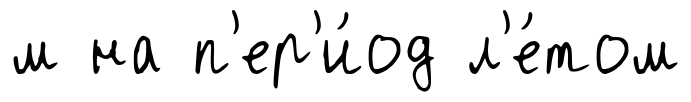
м на п'ер'и́од л'е́том